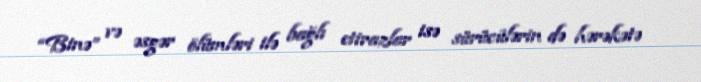
“Binə” və əsgər ölümləri ilə bağlı etirazlar isə sürücülərin də hərəkətə